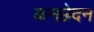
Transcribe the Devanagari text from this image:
कनछेदन